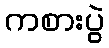
ကစားပွဲ